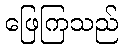
ဖြေကြသည်